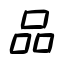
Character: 品